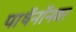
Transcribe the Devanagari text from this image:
पार्थेनॉनवर